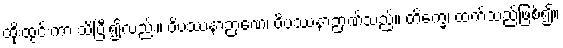
ထိုးထွင်းကာ သိပြီး၍လည်း။ ဝိပဿနာဉာဏေ၊ ဝိပဿနာဉာဏ်သည်။ တိက္ခေ၊ ထက်သည်ဖြစ်၍။